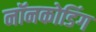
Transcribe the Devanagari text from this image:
नॉनकोडिंग